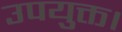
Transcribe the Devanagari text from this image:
उपयुक्त।